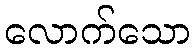
လောက်သော